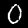
Digit: 0